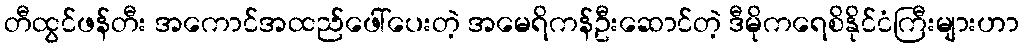
တီထွင်ဖန်တီး အကောင်အထည်ဖေါ်ပေးတဲ့ အမေရိကန်ဦးဆောင်တဲ့ ဒီမိုကရေစိနိုင်ငံကြီးများဟာ